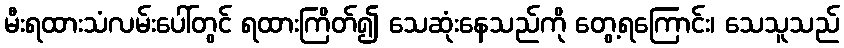
မီးရထားသံလမ်းပေါ်တွင် ရထားကြိတ်၍ သေဆုံးနေသည်ကို တွေ့ရကြောင်း၊ သေသူသည်